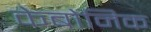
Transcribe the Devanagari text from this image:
केबोनिक